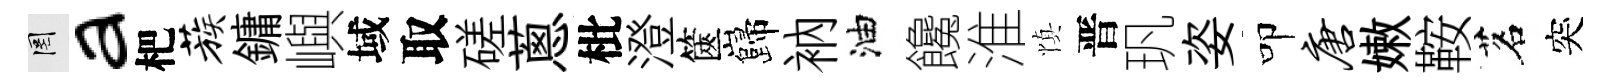
罔a杷蔟鏞嶼域取磋蔥枇澄篋巋衲油饞淮慎晋㺬姿叩唐嫩鞍茗突